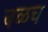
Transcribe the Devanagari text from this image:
बळच